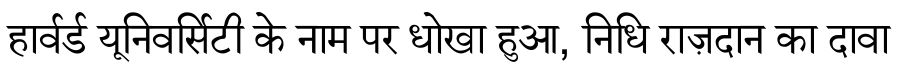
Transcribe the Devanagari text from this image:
हार्वर्ड यूनिवर्सिटी के नाम पर धोखा हुआ, निधि राज़दान का दावा